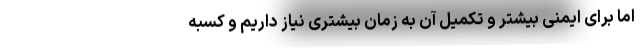
اما برای ایمنی بیشتر و تکمیل آن به زمان بیشتری نیاز داریم و کسبه